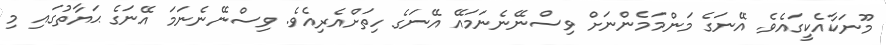
މޫނަކާއެކީގައެވެ. އޭނަގެ މަންމަމެންނަށް ވިސްނޭނެނަމައޭ އޭނަގެ ހިތަށްއެރިއެވެ. ވިސްނޭނެނަމަ އޭނަގެ ޙަޔާތުގައި މި